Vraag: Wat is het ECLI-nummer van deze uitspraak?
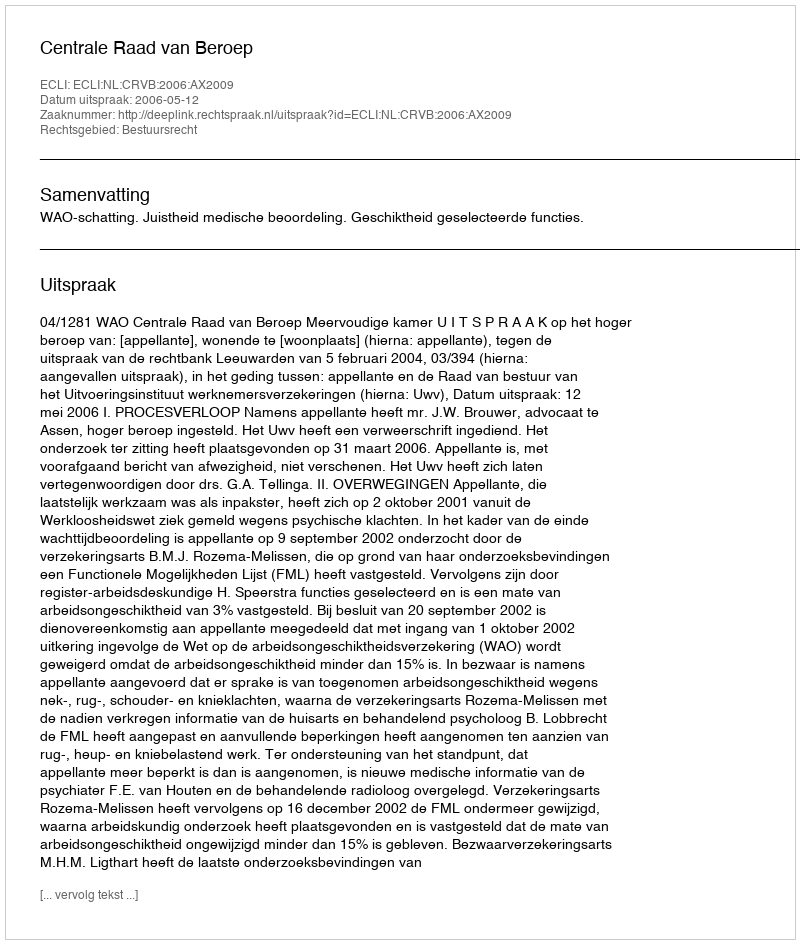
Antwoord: ECLI:NL:CRVB:2006:AX2009